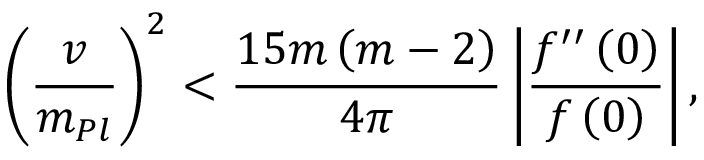
\left( \frac { v } { m _ { P l } } \right) ^ { 2 } < { \frac { 1 5 m \left( m - 2 \right) } { 4 \pi } } \left| { \frac { f ^ { \prime \prime } \left( 0 \right) } { f \left( 0 \right) } } \right| ,